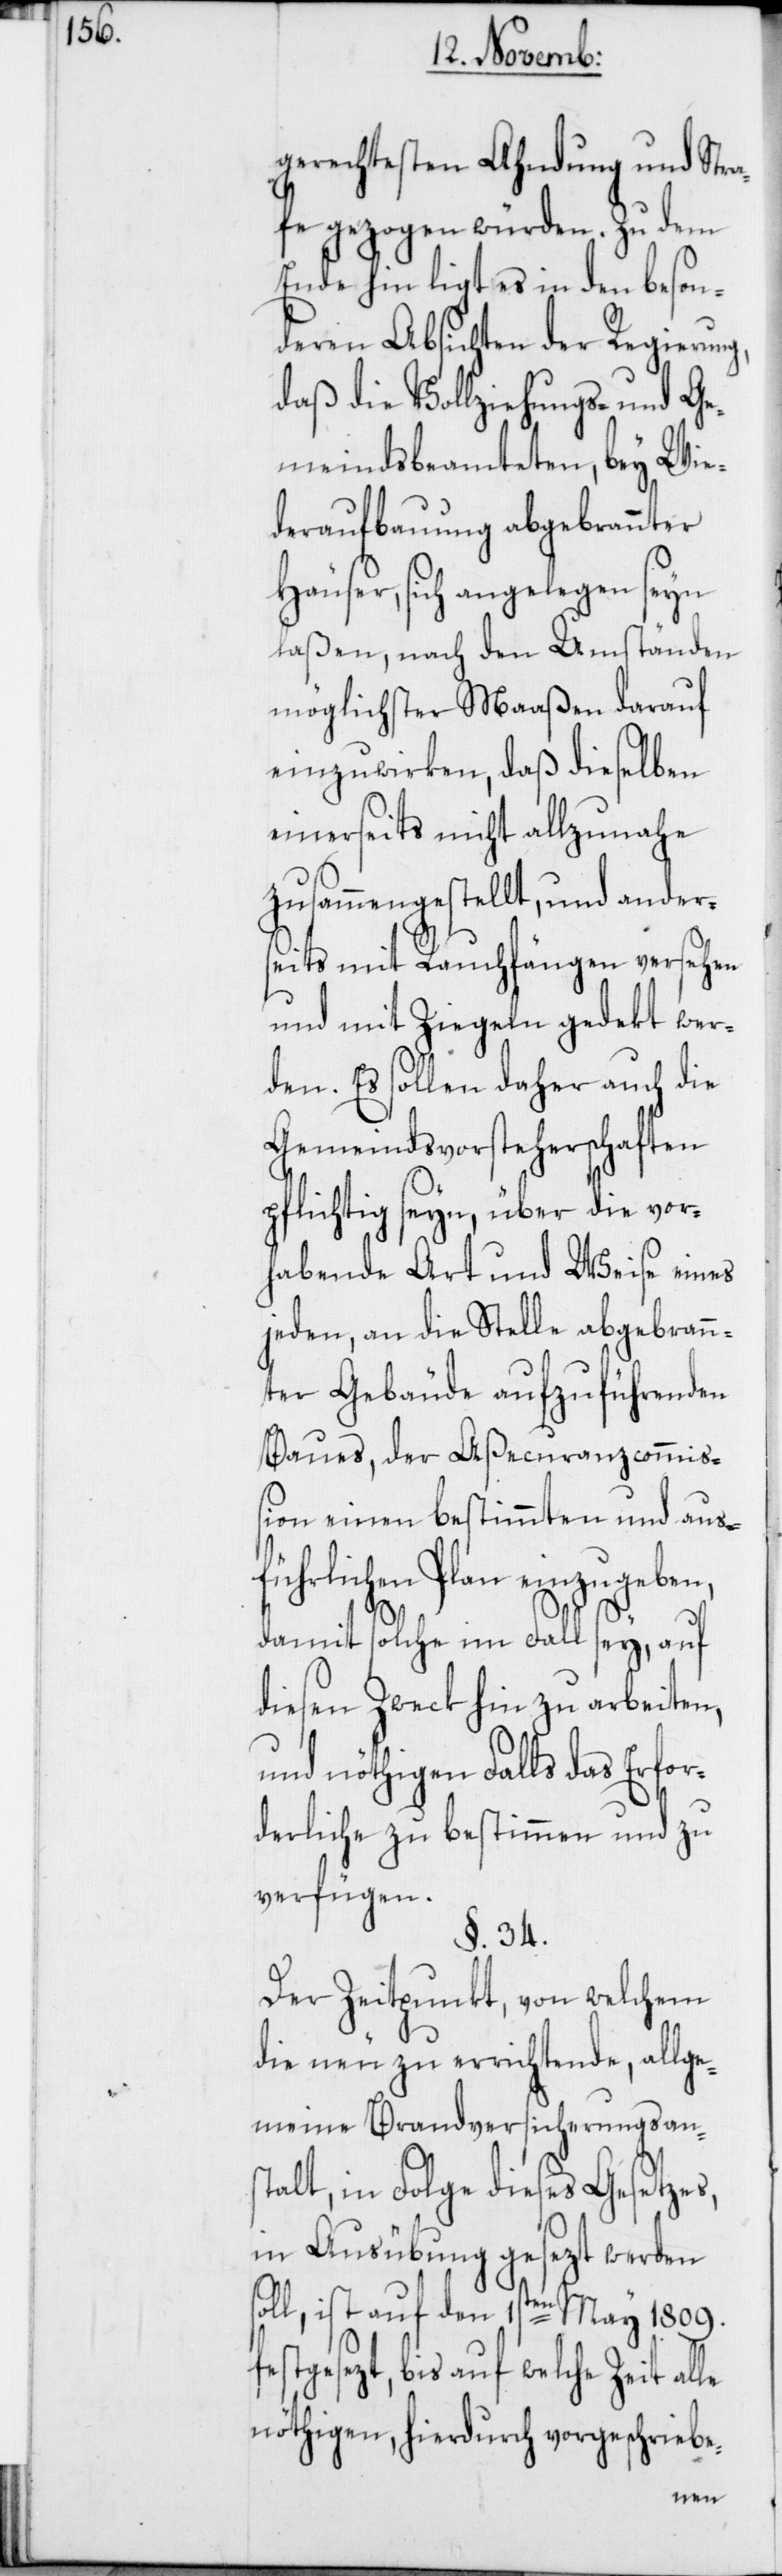
fe¬

gerechtesten Ahndung und Stra¬
fe gezogen würden. Zu dem
Ende hin ligt es in den beson¬
deren Absichten der Regierung,
daß die Vollziehungs- und Ge¬
meindsbeamteten, bey Wie¬
deraufbauung abgebrannter
Häuser, sich angelegen seyn
laßen, nach den Umständen
möglichster Maaßen darauf
einzuwirken, daß dieselben
einerseits nicht allzunahe
zusammengestellt, und ander¬
seits mit Rauchfängen versehen
und mit Ziegeln gedekt wer¬
den. Es sollen daher auch die
Gemeindsvorsteherschaften
pflichtig seyn, über die vor¬
habende Art und Weise eines
jeden, an die Stelle abgebrann¬
ter Gebäude aufzuführenden
Baues, der Aßecuranzcommiß¬
ion einen bestimmten und aus¬
führlichen Plan einzugeben,
damit solche im Fall sey, auf
diesen Zweck hin zu arbeiten,
und nöthigen Falls das Erfor¬
derliche zu bestimmen und zu
verfügen.
§. 34.
Der Zeitpunkt, von welchem
die neu zu errichtende, allge¬
meine Brandversicherungsansta¬
lt, in Folge dieses Gesetzes,
in Ausübung gesezt werden
soll, ist auf den 1sten May 1809.
stgesezt, bis auf welche Zeit
nöthigen, hierdurch vorgeschriebe-